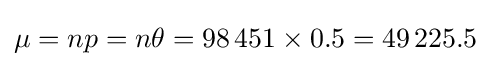
\mu =np=n\theta =98\,451\times 0.5=49\,225.5